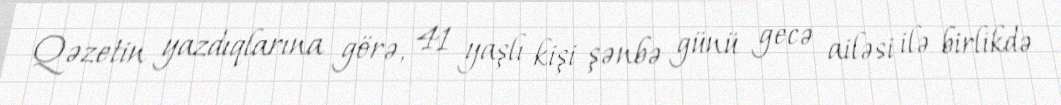
Qəzetin yazdıqlarına görə, 41 yaşlı kişi şənbə günü gecə ailəsi ilə birlikdə